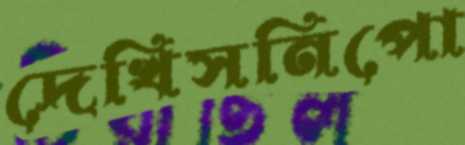
দেখিসনিপো